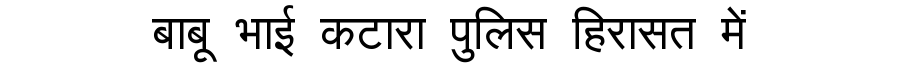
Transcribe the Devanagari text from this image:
बाबू भाई कटारा पुलिस हिरासत में